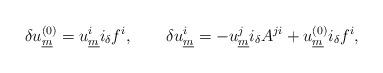
LaTeX: \begin{align*}\delta u^{(0)}_{\underline{m}} =u^i_{\underline{m}}i_\delta f^i, \qquad \delta u^{i}_{\underline{m}} = -u^j_{\underline{m}} i_\delta A^{ji} + u^{(0)}_{\underline{m}}i_\delta f^i,\end{align*}